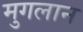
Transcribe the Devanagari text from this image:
मुगलान